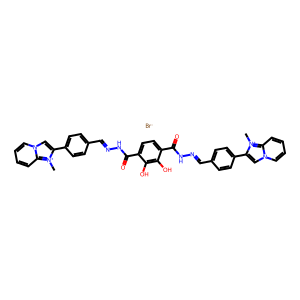
SMILES: C[n+]1c(-c2ccc(C=NNC(=O)c3ccc(C(=O)NN=Cc4ccc(-c5cn6ccccc6[n+]5C)cc4)c(O)c3O)cc2)cn2ccccc21.[Br-]
Inhibits HIV replication: Yes